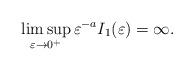
LaTeX: \begin{align*}\limsup_{\varepsilon\to0^+}\varepsilon^{-a}I_1(\varepsilon)=\infty.\end{align*}